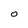
Character: O